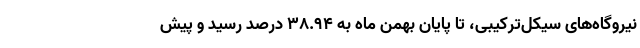
نیروگاه‌های سیکل‌ترکیبی، تا پایان بهمن ماه به ۳۸.۹۴ درصد رسید و پیش